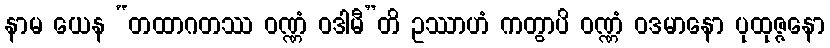
နာမ ယေန “တထာဂတဿ ဝဏ္ဏံ ဝဒါမီ”တိ ဥဿာဟံ ကတွာပိ ဝဏ္ဏံ ဝဒမာနော ပုထုဇ္ဇနော